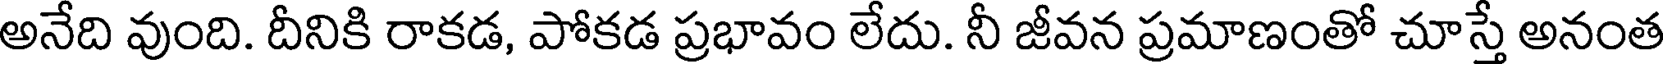
అనేది వుంది. దీనికి రాకడ, పోకడ ప్రభావం లేదు. నీ జీవన ప్రమాణంతో చూస్తే అనంత